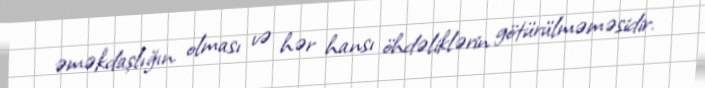
əməkdaşlığın olması və hər hansı öhdəliklərin götürülməməsidir.